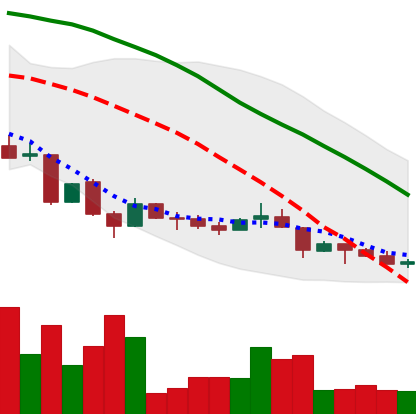
Ticker: LINK-USD
Chart end date: 2018-06-27
Forward return: 44.772%
Label: up_7plus